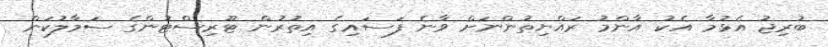
ބުރިޖު އެޅުމާ އެކު އާންމު ރައްޔިތުންނަށް ވާނެ ފަސައިގެ އިތުރުން ޓޫރިސްޓުންގެ ސަމާލުކަން